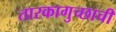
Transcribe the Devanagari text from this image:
तारकागुच्छाची